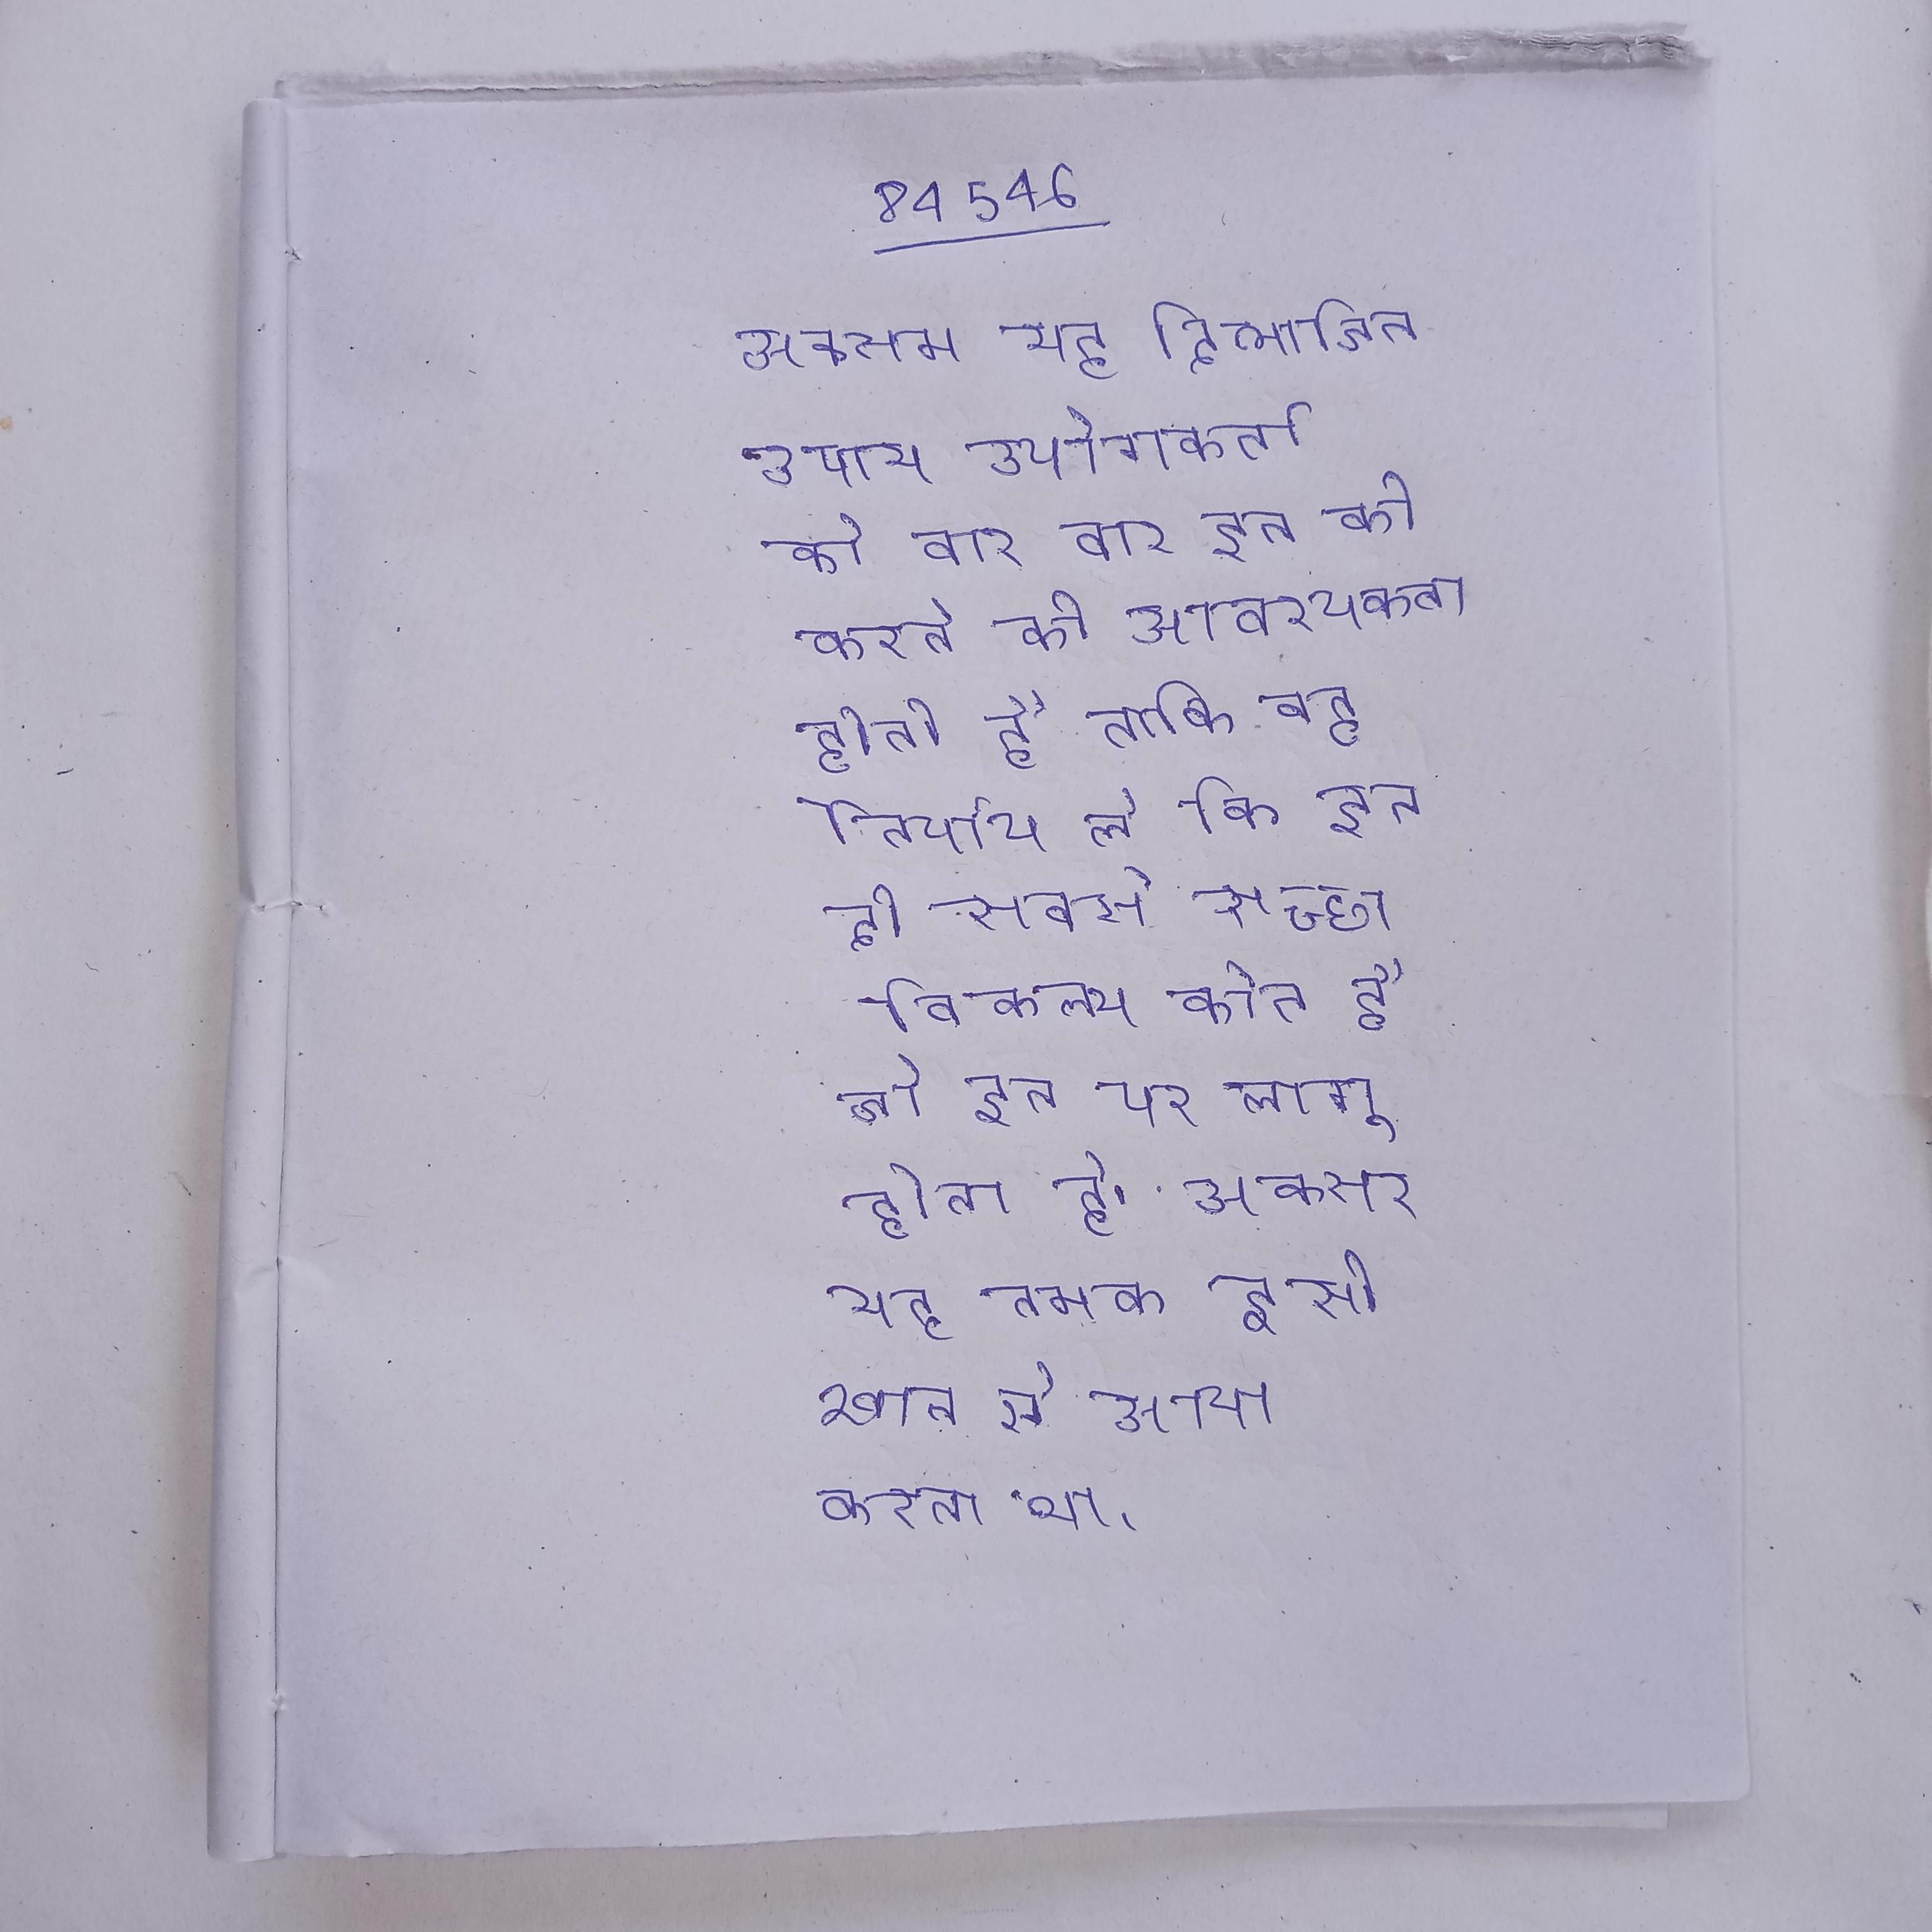
अक्सर यह द्विभाजित उपाय उपयोगकर्ता को बार बार इन की करने की आवश्यकता होती है ताकि वह निर्णय ले कि इन दो सबसे अच्छा विकल्प कौन है जो इन पर लागू होता है । अक्सर यह नमक इसी खान से आया करता था ।